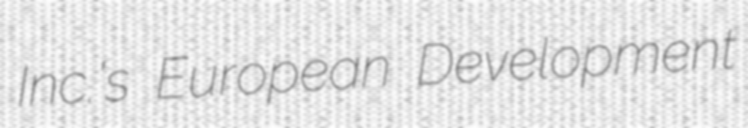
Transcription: Inc.'s European Development